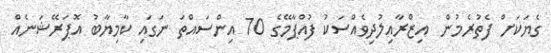
ގެޔަކަށް ފެތުރެމުން  އިޒްރާއިލުދިވެއްސަކު ފުއްޕާމޭގެ 70 އިންސައްތަ ނަގައި ކާމިޔާބު އޮޕަރޭޝަނެއް